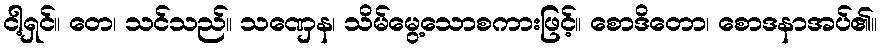
ငါ့ရှင်။ တေ၊ သင်သည်။ သဏှေန၊ သိမ်မွေ့သောစကားဖြင့်။ စောဒိတော၊ စောဒနာအပ်၏။